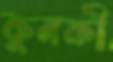
কুনকী